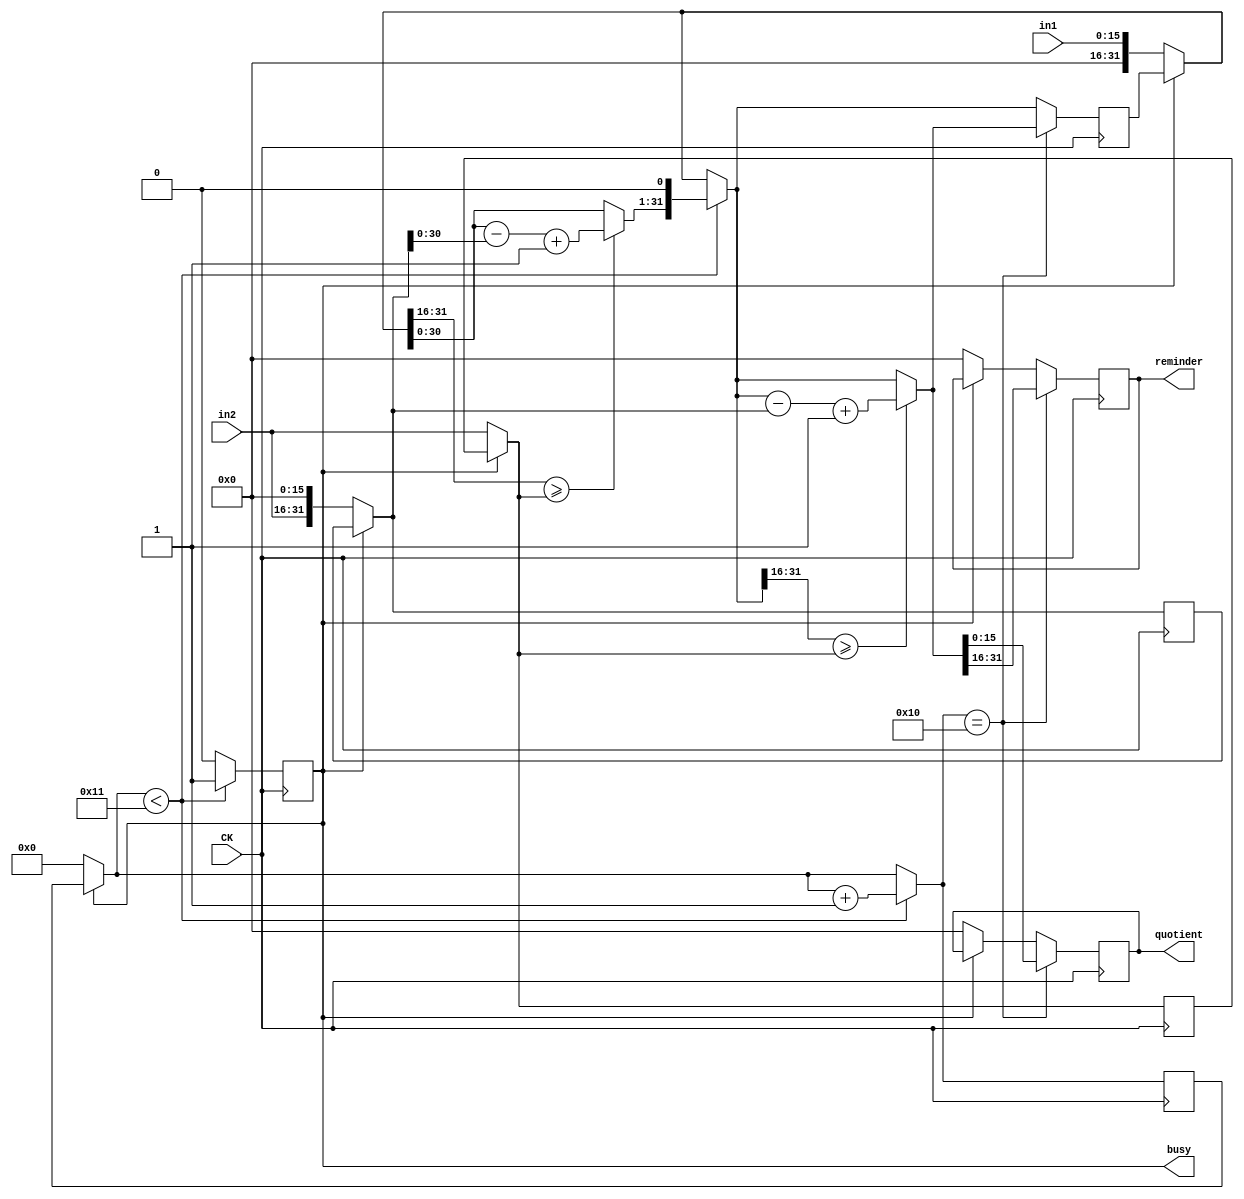
module diver(in1, in2, CK, reminder, quotient, busy);

	input [15:0] in1, in2;
	input CK;

	output reg [15:0] reminder, quotient;
	output reg busy;

	reg [31:0] m1, m2;
	reg [15:0] divisor;
	reg [5:0]  cnt;

	initial begin
		reminder = 16'h0000;
		quotient = 16'h0000;
		divisor	 = 16'h0000;
		m1		 = 32'h00000000;
		m2		 = 32'h00000000;
		cnt		 = 5'b00000;
		busy	 = 1'b0;
	end

	always @(posedge CK) begin

		if(busy == 1'b0) begin
		//Initial all the variable.
			m1       = {16'h0000, in1};
			m2       = {in2, 16'h0000};
			//m2 can make the diver implement like muler do.
			divisor  = in2;
			reminder = 16'h0000;
			quotient = 16'h0000;
			busy     = 1'b1;
			cnt      = 5'b00000;
		end

		if(cnt < 5'b10001) begin
			if(m1[31:16] >= divisor) 
				m1 = m1 - m2 + 1'b1;
			else 
				m1 = m1;
			//If the left half 16 bits smaller than divisor, let m1 subtract m2.
				
			m1 = m1 << 1;
			cnt = cnt + 1'b1;
			//Move left and counter increase.
		end
		else 
			busy = 1'b0;

		if(cnt == 5'b10000) begin
			if(m1[31:16] >= divisor) 
				m1 = m1 - m2 + 1'b1;
			else 
				m1 = m1;
			//Final exam for m1.

			reminder = m1[31:16];
			quotient = m1[15:0];
		end
	end

endmodule